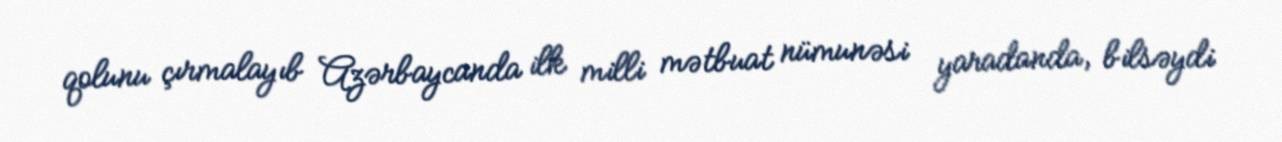
qolunu çırmalayıb Azərbaycanda ilk milli mətbuat nümunəsi yaradanda, bilsəydi